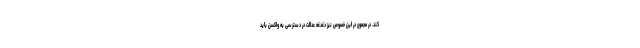
کند. در مجموع در این خصوص نیز دغدغه عدالت در دسترسی به واکسن باید